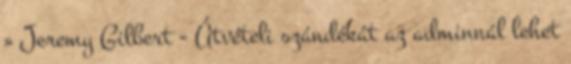
» Jeremy Gilbert - Átvételi szándékát az adminnál lehet